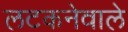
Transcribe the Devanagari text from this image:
लटकनेवाले